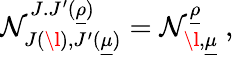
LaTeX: \mathcal{N}_{J(\l),J^{\prime}(\underline{{{{\mu}}}})}^{J.J^{\prime}(\underline{{{{\rho}}}})}=\mathcal{N}_{\l,\underline{{{{\mu}}}}}^{\underline{{{{\rho}}}}}\ ,